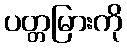
ပတ္တမြားကို